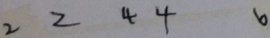
2 2 4 4 6